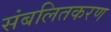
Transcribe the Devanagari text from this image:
संबलितकरण